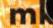
mk